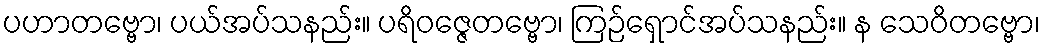
ပဟာတဗ္ဗော၊ ပယ်အပ်သနည်း။ ပရိဝဇ္ဇေတဗ္ဗော၊ ကြဉ်ရှောင်အပ်သနည်း။ န သေဝိတဗ္ဗော၊